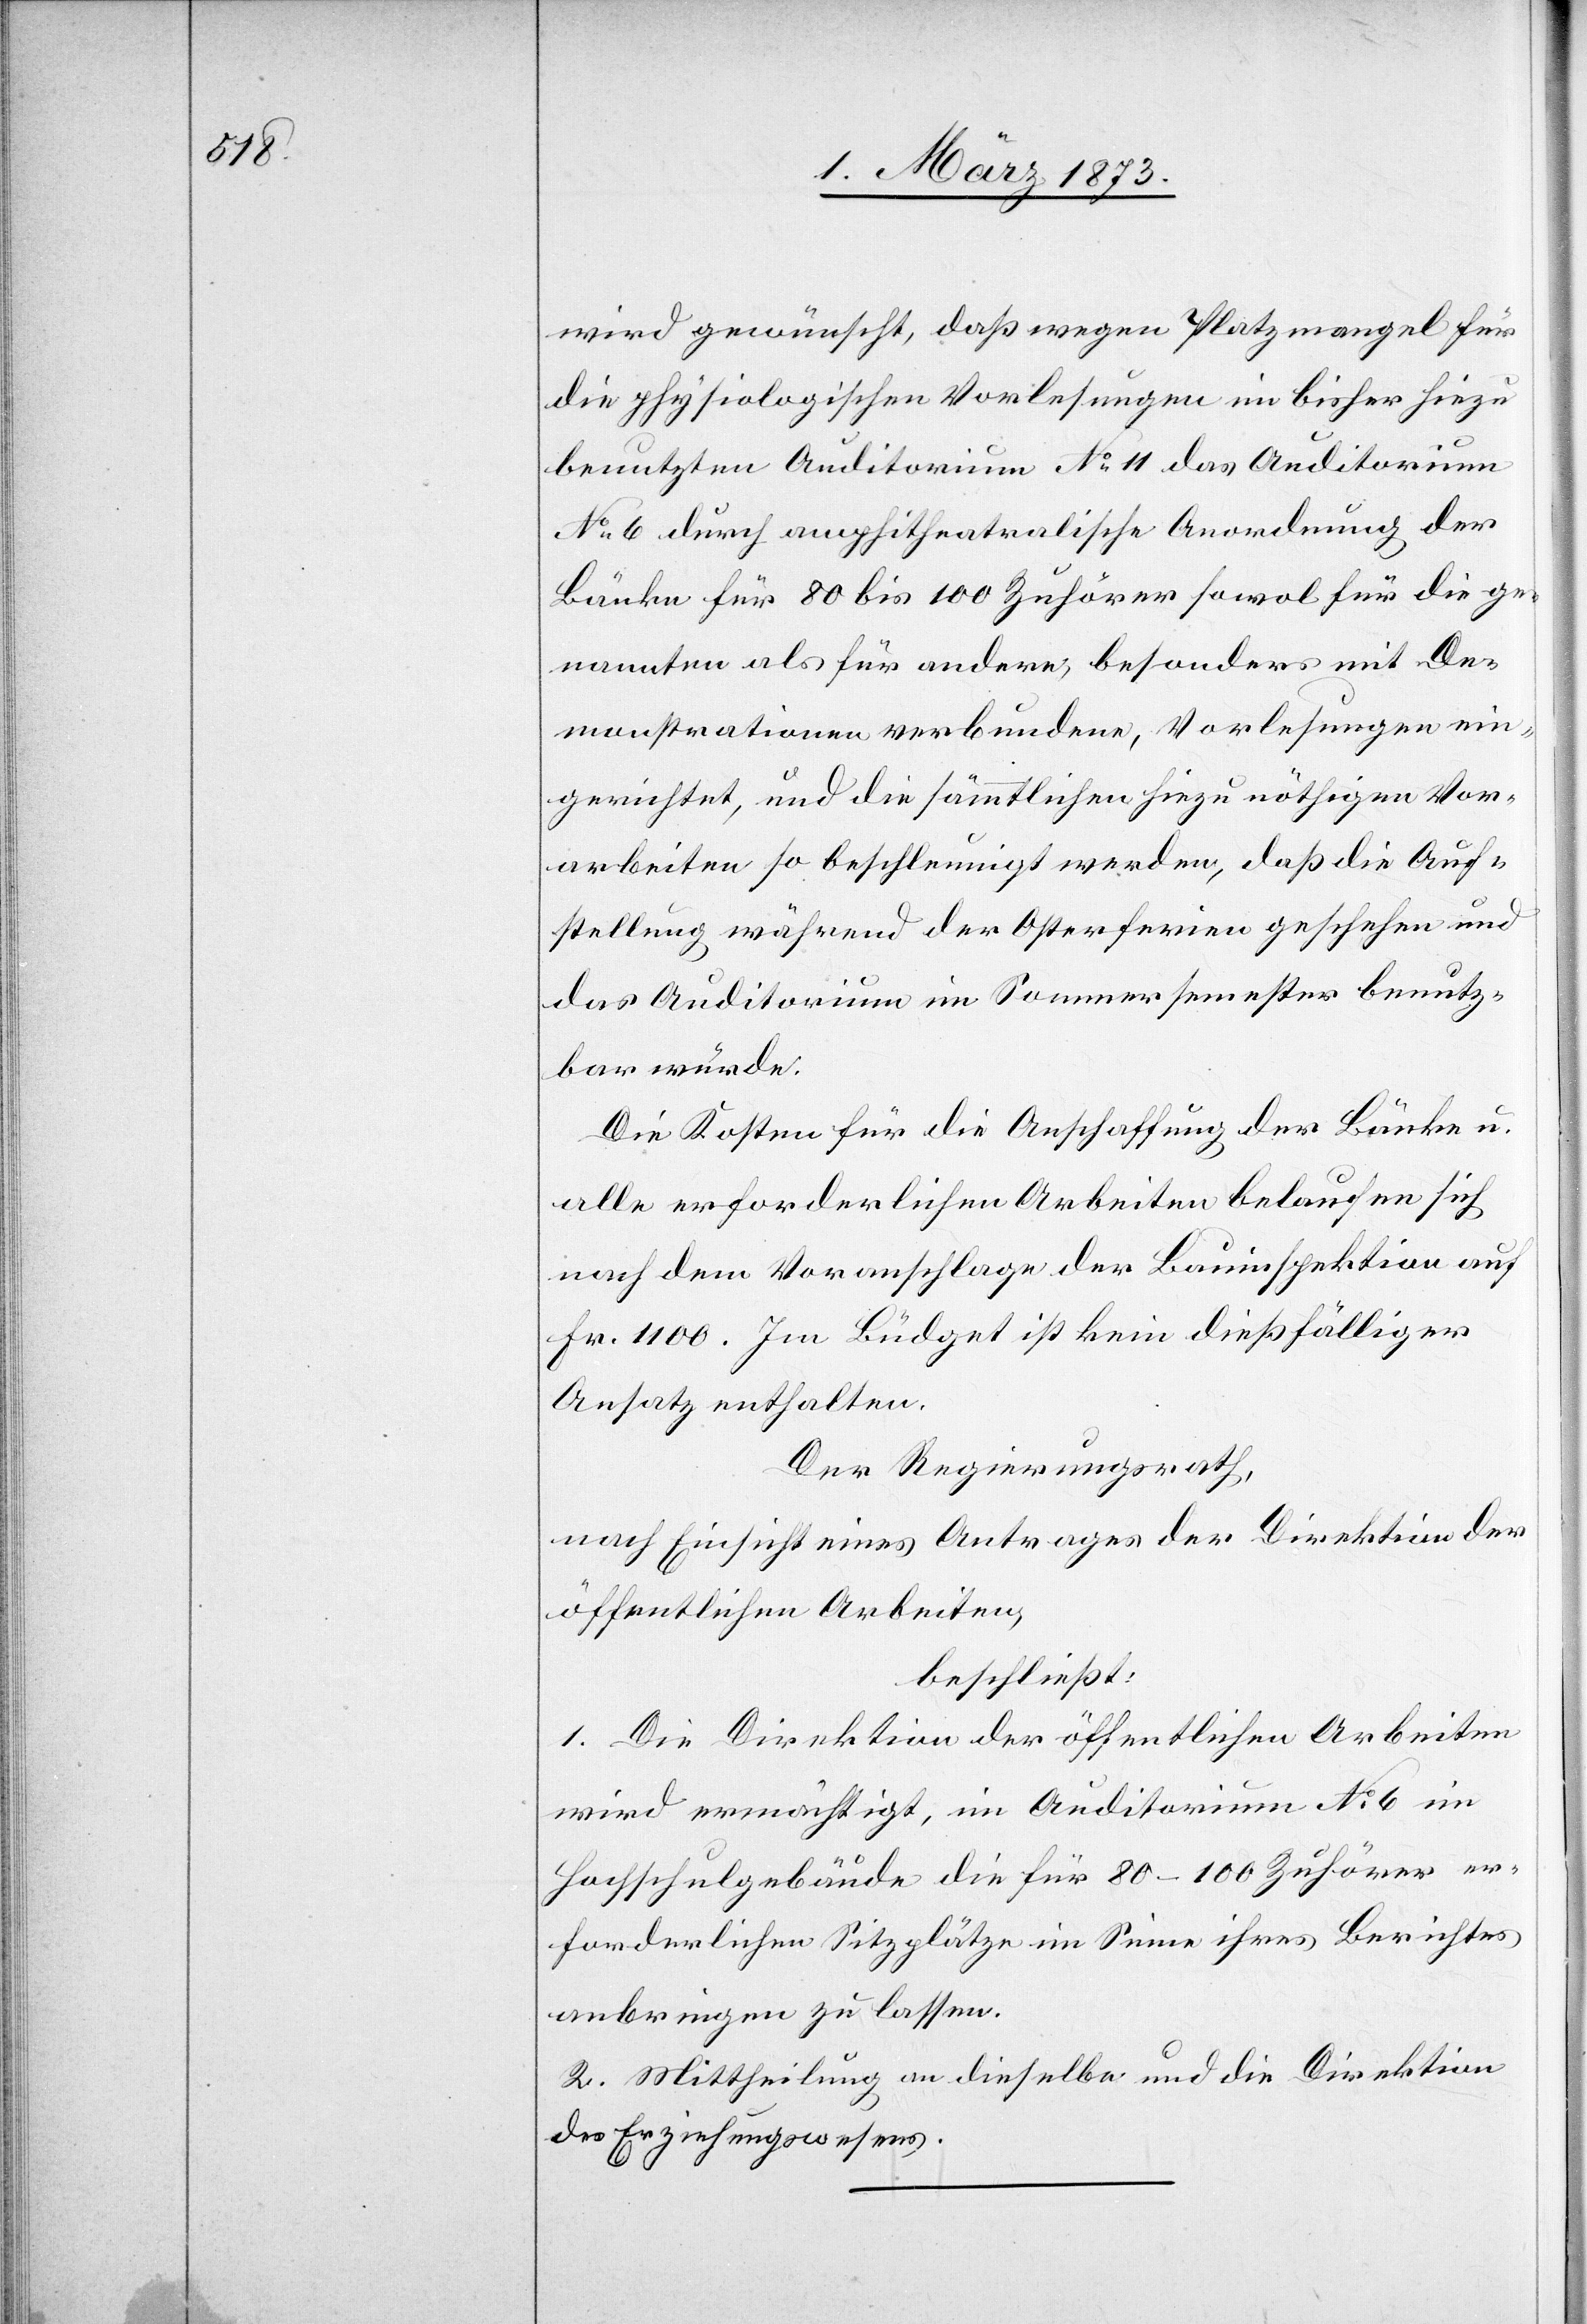
wird gewünscht, daß wegen Platzmangel für
die physiologischen Vorlesungen im bisher hiezu
benutzten Auditorium No 11 das Auditorium
No 6 durch amphitheatralische Anordnung der
Bänke für 80 bis 100 Zuhörer sowol für die ge¬
nannten als für andere, besonders mit De¬
monstrationen verbundene, Vorlesungen ein¬
gerichtet, und die sämmtlichen hiezu nöthigen Vor¬
arbeiten so beschleunigt werden, daß die Auf¬
stellung währen der Osterferien geschehen und
das Auditorium im Sommersemester benutz¬
bar würde.
Die Kosten für die Anschaffung der Bänke u.
alle erforderlichen Arbeiten belaufen sich
nach dem Voranschlage der Bauinspektion auf
Fr. 1100. Im Budget ist kein dießfälliger
Ansatz enthalten.
Der Regierungsrath,
nach Einsicht eines Antrages der Direktion der
öffentlichen Arbeiten,
beschließt:
1. Die Direktion der öffentlichen Arbeiten
wird ermächtigt, im Auditorium No 6 im
Hochschulgebäude die für 80–100 Zuhörer er¬
forderlichen Sitzplätze im Sinne ihres Berichtes
anbringen zu lassen.
2. Mittheilung an dieselbe und die Direktion
des Erziehungswesens.